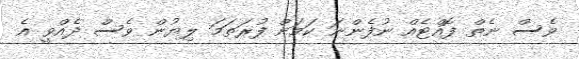
ވެސް ނެތް ފޮއްޓެއް ނުފެންނަ ކަމަށް ފުރަތަމަ ލިޔުން ވެސް ދެއްވީ އެ